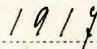
1917